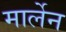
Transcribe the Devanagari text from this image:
मार्लेन